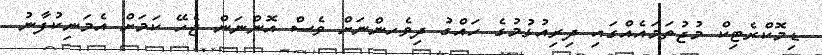
ޑިމޮކްރެޓިކް މުޖުތަމައެއްގައި ދިރިއުޅުމުގެ ހައްގު ދިވެހންނަށް ވެސް އޮންނަން ޖެހޭ ކަމަށް އެމަނިކުފާނު